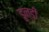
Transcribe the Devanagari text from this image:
डुन्डी